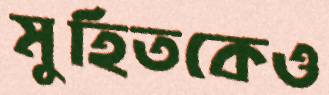
মুহিতকেও